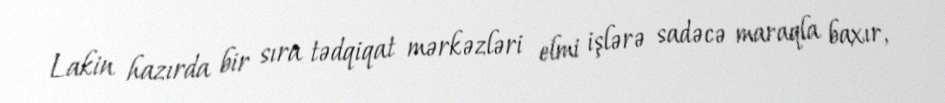
Lakin hazırda bir sıra tədqiqat mərkəzləri elmi işlərə sadəcə maraqla baxır,